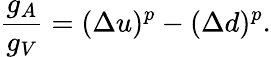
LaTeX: \frac{g_{A}}{g_{V}}=(\Delta u)^{p}-(\Delta d)^{p}.